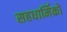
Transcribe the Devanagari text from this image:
सहधार्मिकों